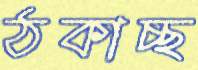
ঠকাচ্ছ